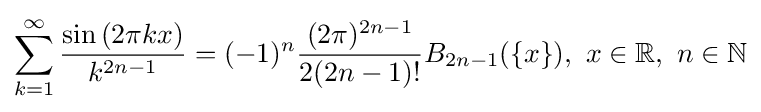
\sum \limits _{k=1}^{\infty }{\frac {\sin \left(2\pi kx\right)}{k^{2n-1}}}=(-1)^{n}{\frac {(2\pi )^{2n-1}}{2(2n-1)!}}B_{2n-1}(\{x\}),\ x\in \mathbb {R} ,\ n\in \mathbb {N}